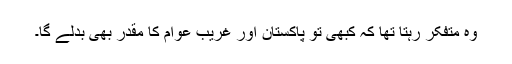
وہ متفکر رہتا تھا کہ کبھی تو پاکستان اور غریب عوام کا مقدر بھی بدلے گا۔